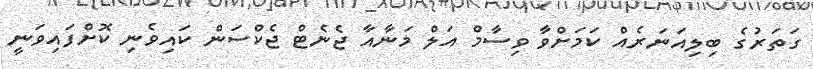
ގަތަރުގެ ބިލިއަނަރެއް ކަމަށްވާ ވިސާމް އަލް މަނާއާ ޖެނެޓް ޖެކްސަން ކައިވެނި ކޮށްފައިވަނީ